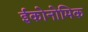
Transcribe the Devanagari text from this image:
ईकोनोमिक